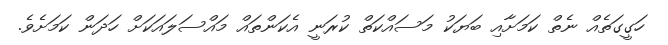
ހަގީގަތެއް ނެތް ކަމަށާއި ބަޔަކު މަސައްކަތް ކުރަނީ އެކަންތައް މައްސަލައަކަށް ހަދަން ކަމަށެވެ.